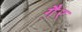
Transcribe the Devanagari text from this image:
गै़र